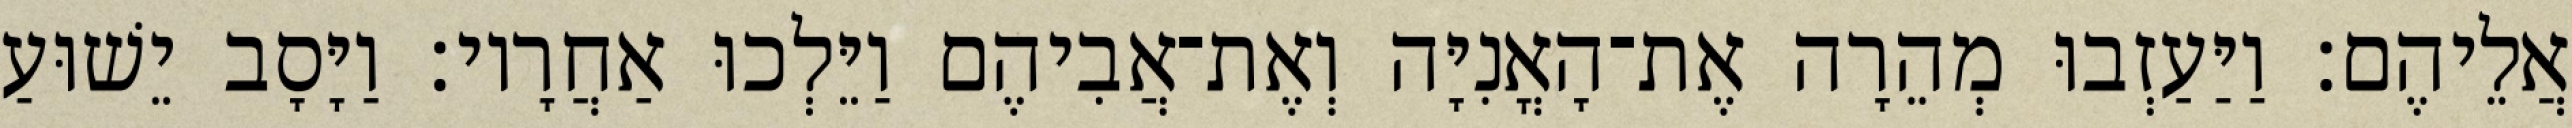
אֲלֵיהֶם׃ וַיַּעַזְבוּ מְהֵרָה אֶת־הָאֳנִיָּה וְאֶת־אֲבִיהֶם וַיֵּלְכוּ אַחֲרָיו׃ וַיָּסָב יֵשׁוּעַ